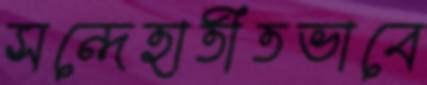
সন্দেহাতীতভাবে